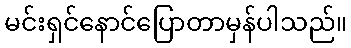
မင်းရှင်နောင်ပြောတာမှန်ပါသည်။